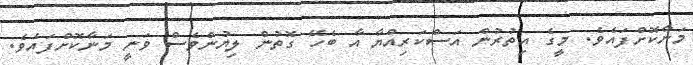
މަނާކޮށްފައެވެ. މީގެ އިތުުރުން އަސްކަރިއްޔާ އާ ބެހޭ ގޮތުން ލިޔުންވެސް ވަނީ މަނާކޮށްފައެވެ.